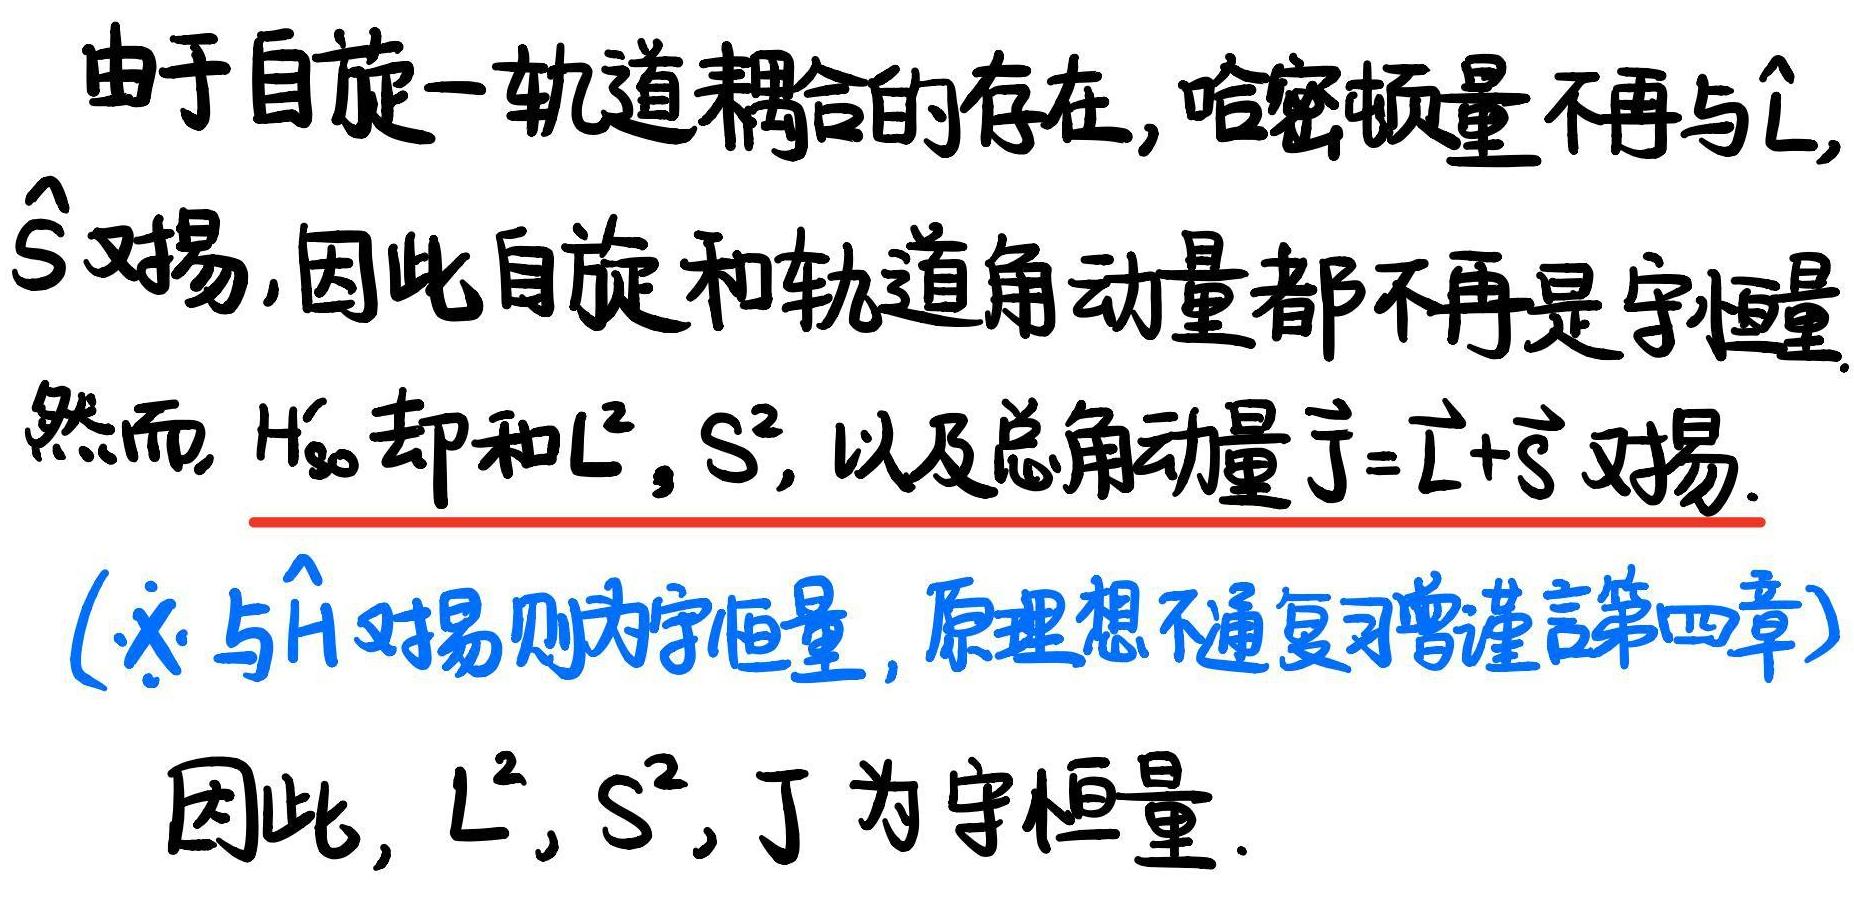
由于自旋 - 轨道耦合的存在, 哈密顿量不再与$\hat{L}$, $\hat{S}$对易, 因此自旋和轨道角动量都不再是守恒量. 然而, $\hat{H}_{so}$却和$\hat{L}^{2}$, $\hat{S}^{2}$, 以及总角动量$\hat{J}=\hat{L}+\hat{S}$对易. ( $\hat{A}$与$\hat{H}$对易则为守恒量, 原理想不通复习曾谨言第四章) 因此, $\hat{L}^{2}$, $\hat{S}^{2}$, $\hat{J}$为守恒量.